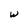
Character: w